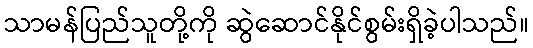
သာမန်ပြည်သူတို့ကို ဆွဲဆောင်နိုင်စွမ်းရှိခဲ့ပါသည်။